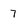
Character: 7